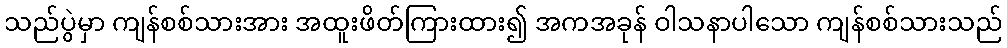
သည်ပွဲမှာ ကျန်စစ်သားအား အထူးဖိတ်ကြားထား၍ အကအခုန် ဝါသနာပါသော ကျန်စစ်သားသည်